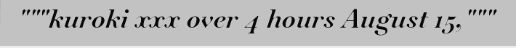
"""kuroki xxx over 4 hours August 15,"""